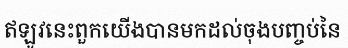
ឥឡូវនេះពួកយើងបានមកដល់ចុងបញ្ចប់នៃ